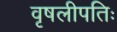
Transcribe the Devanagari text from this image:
वृषलीपतिः